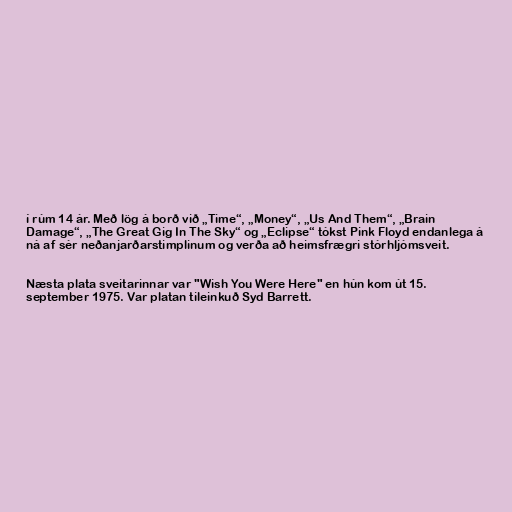
í rúm 14 ár. Með lög á borð við „Time“, „Money“, „Us And Them“, „Brain
Damage“, „The Great Gig In The Sky“ og „Eclipse“ tókst Pink Floyd endanlega á
ná af sér neðanjarðarstimplinum og verða að heimsfrægri stórhljómsveit.

Næsta plata sveitarinnar var "Wish You Were Here" en hún kom út 15.
september 1975. Var platan tileinkuð Syd Barrett.